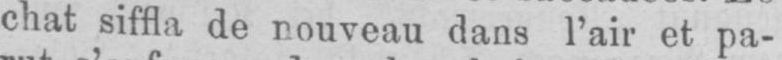
chat siffla de nouveau dans l’air et pa-